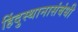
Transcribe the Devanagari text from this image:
हिंदुस्थानासंबंधी